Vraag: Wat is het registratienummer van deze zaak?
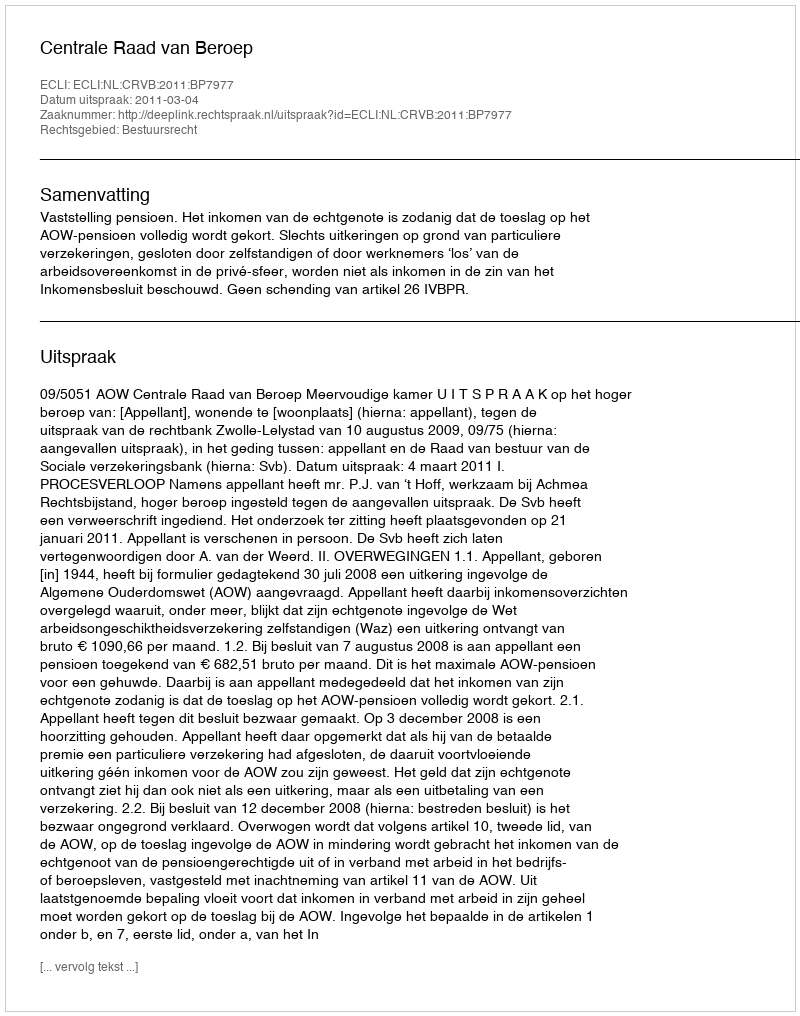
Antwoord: http://deeplink.rechtspraak.nl/uitspraak?id=ECLI:NL:CRVB:2011:BP7977